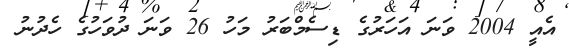
އެއީ 2004 ވަނަ އަހަރުގެ ޑިސެމްބަރު މަހު 26 ވަނަ ދުވަހުގެ ހެދުނު